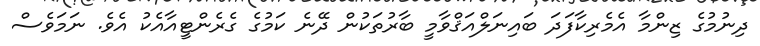
ދިނުމުގެ ޒިންމާ އެމެރިކާފަދަ ބައިނަލްއަޤްވާމީ ބާރުތަކުން ދޭނެ ކަމުގެ ގެރެންޓީއާއެކު އެވެ. ނަމަވެސް